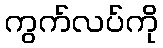
ကွက်လပ်ကို